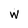
Character: w